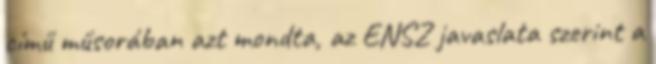
című műsorában azt mondta, az ENSZ javaslata szerint a